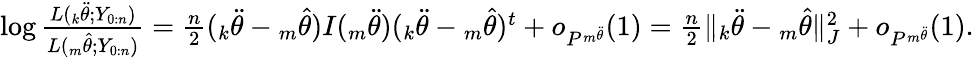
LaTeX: \begin{array}{r}{\log\frac{L({_k\ddot{\theta}};Y_{0:n})}{L({_m\hat{\theta}};Y_{0:n})}=\frac{n}{2}({_k\ddot{\theta}}-{_m\hat{\theta}})I({_m\ddot{\theta}})({_k\ddot{\theta}}-{_m\hat{\theta}})^{t}+o_{P^{_m\ddot{\theta}}}(1)=\frac{n}{2}\| {_k\ddot{\theta}}-{_m\hat{\theta}}\| _{J}^{2}+o_{P^{_m\ddot{\theta}}}(1).}\end{array}